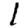
Digit: 1